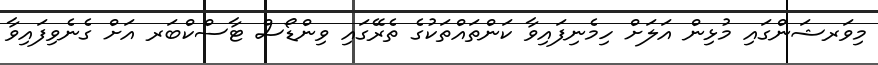
މިވަރޝަންގައި މުޅިން އަލަށް ހިމެނިފައިވާ ކަންތައްތަކުގެ ތެރޭގައި ވިންޑޯސް ޓާސްކްބަރ އަށް ގެނެވިފައިވާ